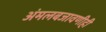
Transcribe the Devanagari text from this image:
अंमलबजावणीही